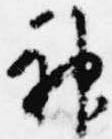
神